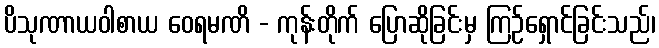
ပိသုဏာယဝါစာယ ဝေရမဏိ - ကုန်းတိုက် ပြောဆိုခြင်းမှ ကြဉ်ရှောင်ခြင်းသည်၊